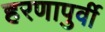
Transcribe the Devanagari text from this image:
हरणापुर्वी